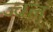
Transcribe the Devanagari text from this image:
ज्वल्